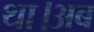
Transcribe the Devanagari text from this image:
था।अब